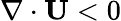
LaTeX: \nabla\cdot{\mathbf{U}}<0